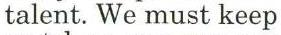
talent. We must keep